Medical and sanitary report of the native army of Madras for the year
Year: 1878
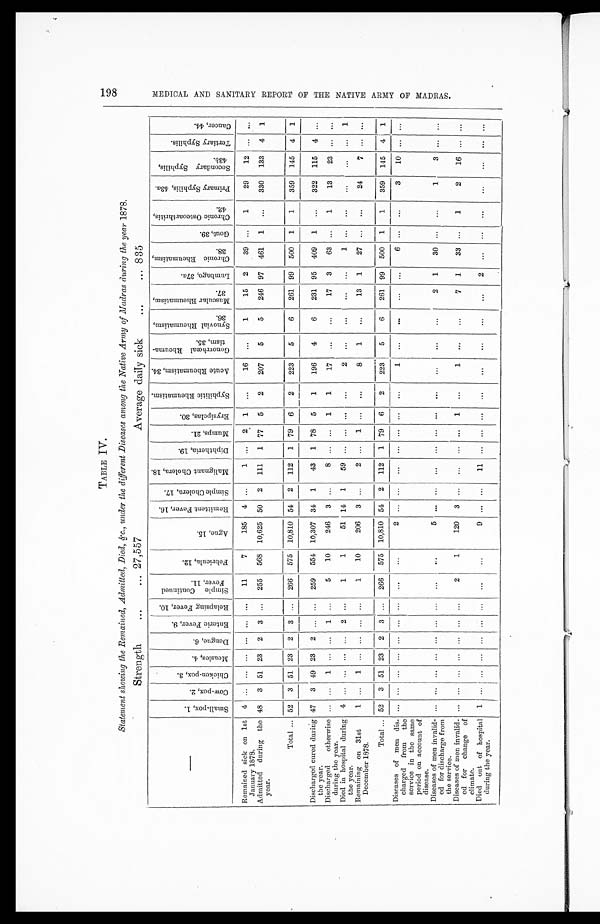
TABLE IV.
Statement showing the Remained, Admitted, Died, &c., under the different Diseases among the Native Army of Madras during the year 1878.
Strength . . . 27,557
Average daily sick . . . 835
—
S m a l l - p o x , 1 .
C o w - p o x , 2 .
C h i c k e n - p o x , 3 .
M e a s l e s , 4 .
D e n g u e , 6 .
E n t e r i c F e v e r , 9 .
R e l a p s i n g F e v e r , 1 0 .
S i m p l e C o n t i n u e d F e v e r , 1 1 .
F e b r i c u l a , 1 2 .
A g u e , 1 5 .
R e m i t t e n t F e v e r , 1 6 .
S i m p l e C h o l e r a , 1 7 .
M a l i g n a n t C h o l e r a , 1 8 .
D i p h t h e r i a , 1 9 .
M u m p s , 2 1 .
E r y s i p e l a s , 3 0 .
S y p h i l i t i c R h e u m a t i s m .
A c u t e R h e u m a t i s m , 3 4 .
G o n o r r h œ a l R h e u m a - t i s m , 3 5 .
S y n o v i a l R h e u m a t i s m , 3 6 .
M u s c u l a r R h e u m a t i s m , 3 7 .
L u m b a g o , 3 7
a .
C h r o n i c R h e u m a t i s m , 3 8 .
G o u n t , 3 9 .
C h r o n i c O s t e o a r t h r i t i s , 4 2 .
P r i m a r y S y p h i l i s , 4 3
a .
S e c o n d a r y S y p h i l i s , 4 3 b .
T e r t i a r y S y p h i l i s .
C a n c e r , 4 4 .
Remained sick on 1st
January 1878.
4 . . .
. . .
. . .
. . .
. . .
. . .
11
7
185
4
. . .
1
. . .
2
1
. . .
16
. . .
1
15
2
39
. . .
1
29
12
. . .
. . .
3 51 23
2
3
. . .
255
568 10,625 50
2
111
1 77
5
2
207
5
5
246 97
461
1
. . .
330
133
4
1
48
Admitted during the
year.
Total . . . 52
3 51 23
2
3
. . .
266
575
10,810 54
2
112
1 79
6
2
223
5
6
261 99
500
1
1
359
145
4
1
Discharged cured during
the year.
47
3 49 23
2
. . .
. . .
259
554 10,307 34
1
43
1 78
5
1
196
4
6
231 95
409
1
. . .
322
115
4
. . .
5
10
246
3
. . .
8
. . .
. . . 1
1
17
. . .
. . .
17
3
63
. . .
1
13
23
. . .
. . .
Discharged
otherwise
during the year.
. . .
. . .
1
. . .
. . .
1
. . .
1
1
51 14
1
59
. . .
. . .
. . .
. . .
2
. . .
. . .
. . .
. . .
1
. . .
. . .
. . .
. . .
. . .
1
Died in hospital during
the year.
4
. . .
. . .
. . .
. . .
2
. . .
10
206
3
. . .
2 . . . 1
. . .
. . .
8
1
. . .
13
1
27
. . .
. . .
24
7
. . .
. . .
Remaining on 31st
December 1878.
1 . . . 1
. . . . . .
. . .
. . .
1
Total . . . 52
3 51 23
2
3
. . .
266
575 10,810 54
2
112
1 79
6
2
223
5
6
261 99
500
1
1
359
145
4
1
Diseases of men dis
-charged from the
service in the same
period on account of
disease.
. . .
. . .
. . .
. . .
. . .
. . .
. . .
. . .
. . .
2
. . .
. . .
. . .
. . .
. . .
. . .
. . .
1
. . .
. . .
. . .
. . .
6
. . .
. . .
3
10
. . .
. . .
1
30
. . .
. . .
1
3 . . .
. . .
2
Diseases of men invalid-
ed for discharge from
the service.
. . .
. . .
. . .
. . .
. . .
. . .
. . .
. . .
. . .
5
. . .
. . .
. . . . . .
. . .
. . .
. . .
. . .
. . .
. . .
120
. . .
. . .
. . .
. . .
. . .
. . .
. . .
2
1
3
. . .
. . .
. . .
. . . 1
. . .
1
. . .
. . .
7
1
33
. . .
1
2
16
. . .
. . .
Diseases of men invalid
-ed for change of
climate.
1 1
9
2
Died out of hospital
during the year.
1 . . .
. . .
. . .
. . .
. . .
. . .
. . .
. . .
. . .
. . .
. . .
. . .
. . .
. . .
. . .
. . .
. . .
. . .
. . .
. . .
. . .
. . .
. . .
. . .
. . .
198
M E D I C A L A N D S A N I T A R Y R E P O R T O F T H E N A T I V E A R M Y O F M A D R A S .